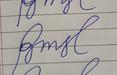
Signature authenticity: forged